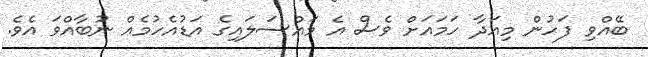
ބޭއްވި ފަހުން މިއަދާ ހަމައަށް ވެސް އެ މައްސަލައިގެ އަޑުއެހުމެއް ނުބާއްވަ އެވެ.